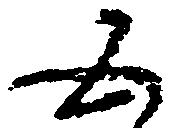
五